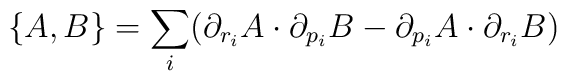
\{A,B\} = \sum_i (\partial_{r_i} A \cdot \partial_{p_i}B -\partial_{p_i} A \cdot \partial_{r_i}B)